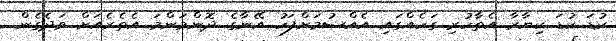
ކުޑަ ކުޑަ ކިޔާރާ އެތާހުރި ގަހެއްގައި އެއްސުމަށްފަހު އޭނާގެ ދޮންމަންމަ އެތެރެއަށް ވަދެގެން